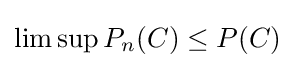
\limsup P_{n}(C)\leq P(C)